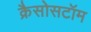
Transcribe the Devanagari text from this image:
क्रैसोसटॉम